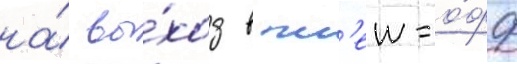
на́ вы́ход в пл'еи-о́фф